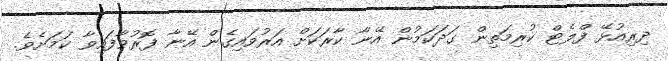
ދިރިއުޅޭ ފްލެޓް ކުރިމަތިން ގަދަކަމުން އޭނާ ކާރަކަށް އަރުވައިގެން އޭނާ ފޮރުވާފައިވާ ކަމަށެވެ.